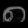
Digit: ၈